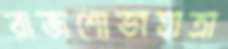
রাজশোভাযাত্রা